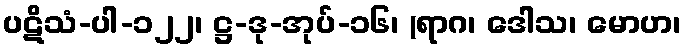
ပဋိသံ-ပါ-၁၂၂၊ ဋ္ဌ-ဒု-အုပ်-၁၆၊ (ရာဂ၊ ဒေါသ၊ မောဟ၊